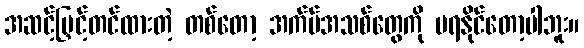
အဆင့်မြှင့်တင်ထားတဲ့ တစ်တော့ အက်ပ်အသစ်တွေကို မရနိုင်တော့ပါဘူး။